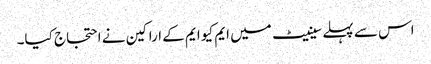
اس سے پہلے سینیٹ میں ایم کیو ایم کے اراکین نے احتجاج کیا۔